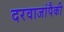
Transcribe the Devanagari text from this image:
दरवाजांपैकी